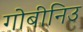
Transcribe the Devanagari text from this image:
गोबीनिउ